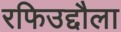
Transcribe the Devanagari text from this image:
रफिउद्दौला